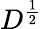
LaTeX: D^{\frac{1}{2}}